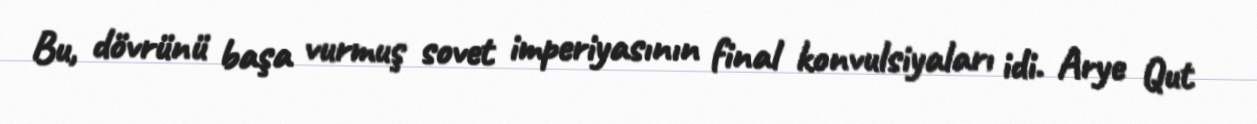
Bu, dövrünü başa vurmuş sovet imperiyasının final konvulsiyaları idi. Arye Qut